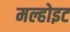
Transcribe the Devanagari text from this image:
मल्होइट